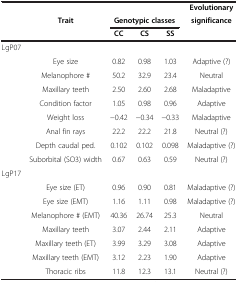
|  |  |  |  |  | Evolutionary |
 |  | Trait | <COLSPAN=3> Genotypic classes | significance |
 |  |  | CC | CS | SS |  |
 | --- | --- | --- | --- | --- | --- |
 | LgP07 |  |  |  |  |  |
 |  | Eye size | 0.82 | 0.98 | 1.03 | Adaptive (?) |
 |  | Melanophore # | 50.2 | 32.9 | 23.4 | Neutral |
 |  | Maxillary teeth | 2.50 | 2.60 | 2.68 | Maladaptive |
 |  | Condition factor | 1.05 | 0.98 | 0.96 | Adaptive |
 |  | Weight loss | −0.42 | −0.34 | −0.33 | Maladaptive |
 |  | Anal fin rays | 22.2 | 22.2 | 21.8 | Neutral (?) |
 |  | Depth caudal ped. | 0.102 | 0.102 | 0.098 | Maladaptive (?) |
 |  | Suborbital (SO3) width | 0.67 | 0.63 | 0.59 | Neutral (?) |
 | LgP17 |  |  |  |  |  |
 |  | Eye size (ET) | 0.96 | 0.90 | 0.81 | Maladaptive (?) |
 |  | Eye size (EMT) | 1.16 | 1.11 | 0.98 | Maladaptive (?) |
 |  | Melanophore # (EMT) | 40.36 | 26.74 | 25.3 | Neutral |
 |  | Maxillary teeth | 3.07 | 2.44 | 2.11 | Adaptive |
 |  | Maxillary teeth (ET) | 3.99 | 3.29 | 3.08 | Adaptive |
 |  | Maxillary teeth (EMT) | 3.12 | 2.23 | 1.90 | Adaptive |
 |  | Thoracic ribs | 11.8 | 12.3 | 13.1 | Neutral (?) |